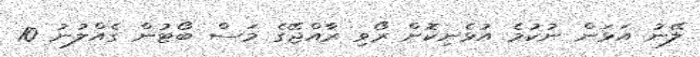
ލޭނު އަޅަން ނުކުމެ އުޅެނިކޮށް ރޯވި ރާއްޖޭގެ މަސް ބޯޓުން ގެއްލުނު 10